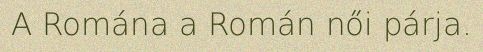
A Romána a Román női párja.